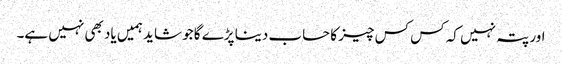
اور پتہ نہیں کہ کس کس چیز کا حساب دینا پڑے گا جو شاید ہمیں یاد بھی نہیں ہے۔